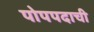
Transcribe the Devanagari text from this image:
पोपपदाची